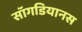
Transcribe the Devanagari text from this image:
सॉगडियानस